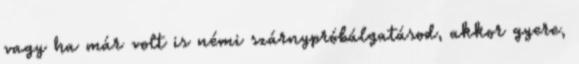
vagy ha már volt is némi szárnypróbálgatásod, akkor gyere,